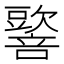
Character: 𡃠